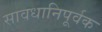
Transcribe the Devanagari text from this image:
सावधानिपूर्वक